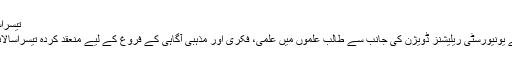
تیسراسالانہ الکفیل کلچرل یوتھ کمپٹیشن اختتام پذیر
روضہ مبارک حضرت عباس علیہ السلام کے یونیورسٹی ریلیشنز ڈویژن کی جانب سے طالب علموں میں علمی، فکری اور مذہبی آگاہی کے فروغ کے لیے منعقد کردہ تیسراسالانہ الکفیل یوتھ کمپٹیشن اختتام پذیر ہوچکا ہے۔